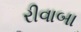
રીવાબા